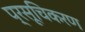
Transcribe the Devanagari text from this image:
प्रसूचिकरण